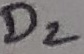
Text: D2